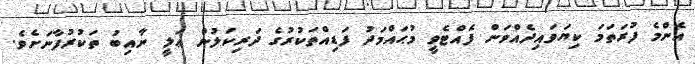
އެންމެ ފުރަތަމަ ކިޔަވައިދެއްވަން ފެއްޓެވީ މުޙައްމަދު ފަޑިއްތަކުރުގެ ދަރިކަލުން ޢަލީ ނާއިބު ތަކުރުފާނަށެވެ.